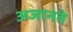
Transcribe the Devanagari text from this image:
अजानते